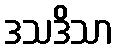
ဒသဒိသာ